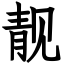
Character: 靓